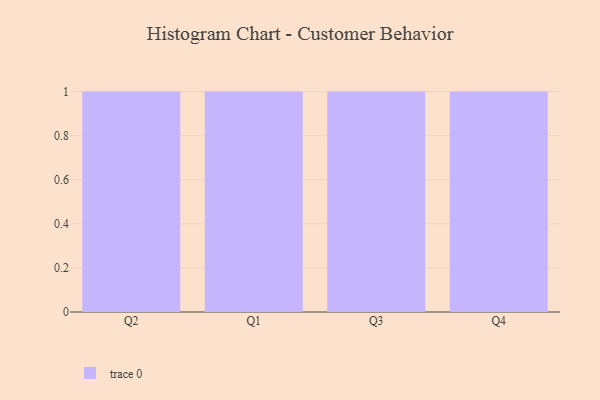
{"axis": {"x": "Quarter", "y": "Website Visitors"}, "legend": [""], "data": [{"x": "Q2", "y": 53, "type": ""}, {"x": "Q1", "y": 79, "type": ""}, {"x": "Q3", "y": 35, "type": ""}, {"x": "Q4", "y": 48, "type": ""}]}